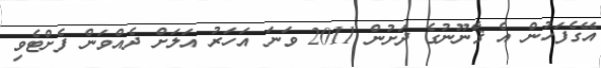
އޭގެފަހުން އެ ޤާނޫނުގެ ދަށުން 2011 ވަނަ އަހަރު އަލަށް ދެއްވަން ފެށްޓެވި